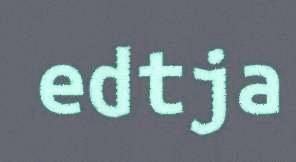
edtja